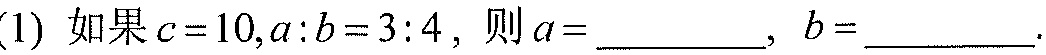
(1) 如果\(c = 10,a:b = 3:4\)，则\(a=\_\_\_\_\_\)，\(b=\_\_\_\_\_\).